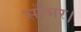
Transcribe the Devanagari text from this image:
साँभर।